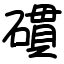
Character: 𥖏